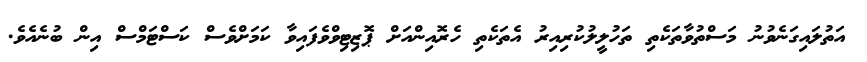
އަތުލައިގަނެވުނު މަސްތުވާތަކެތި ތަހުލީލުކުރިއިރު އެތަކެތި ހެރޮއިންއަށް ޕޮޒިޓިވްވެފައިވާ ކަމަށްވެސް ކަސްޓަމްސް އިން ބުނެއެވެ.